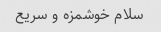
سلام خوشمزه و سریع